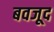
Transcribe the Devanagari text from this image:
बवजूद